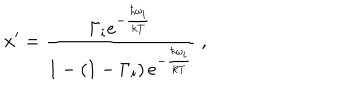
x ^ { \prime } = \frac { \Gamma _ { i } e ^ { - { \frac { \hbar \omega _ { i } } { k T } } } } { 1 - \left( 1 - \Gamma _ { i } \right) e ^ { - { \frac { \hbar \omega _ { i } } { k T } } } } \; ,